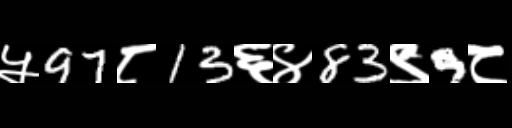
Text: ५97८13६४83९9८